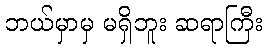
ဘယ်မှာမှ မရှိဘူး ဆရာကြီး